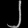
Digit: ၂